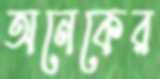
অনেকের